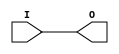
module IBUF_SSTL2_I_DCI (O, I);

    output O;

    input  I;

	buf B1 (O, I);


endmodule